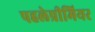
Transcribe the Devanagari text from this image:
पहलेप्रीमियर